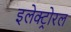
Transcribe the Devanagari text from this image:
इलेक्ट्रोरल